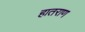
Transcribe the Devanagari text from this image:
हातराण